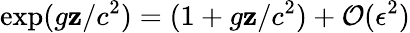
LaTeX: \exp(g\mathbf{z}/c^{2})=(1+g\mathbf{z}/c^{2})+\mathcal{{O}}(\epsilon^{2})